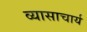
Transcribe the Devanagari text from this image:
व्यासाचार्य